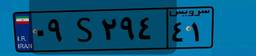
۰۹S۲۹۴۴۱